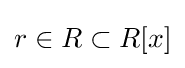
r\in R\subset R[x]